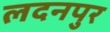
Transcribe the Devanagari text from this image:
लदनपुर